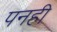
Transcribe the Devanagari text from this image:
पनही